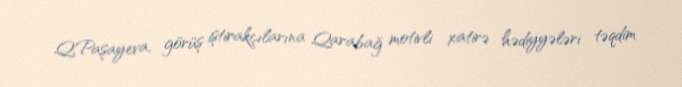
Q.Paşayeva, görüş iştirakçılarına Qarabağ motivli xatirə hədiyyələri təqdim